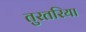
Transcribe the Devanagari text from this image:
तुरतरिया